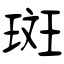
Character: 斑